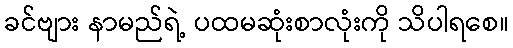
ခင်ဗျား နာမည်ရဲ့ ပထမဆုံးစာလုံးကို သိပါရစေ။